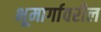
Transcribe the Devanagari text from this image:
भूमार्गावरील